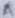
Text: A